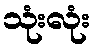
သုံးလုံး